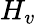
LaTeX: H_{v}